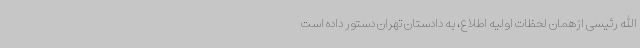
الله رئیسی ازهمان لحظات اولیه اطلاع، به دادستان تهران دستور داده است